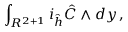
\int _ { R ^ { 2 + 1 } } i _ { \hat { h } } { \hat { C } } \wedge d y \, ,